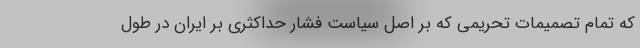
که تمام تصمیمات تحریمی که بر اصل سیاست فشار حداکثری بر ایران در طول